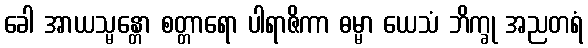
ခေါ အာယသ္မန္တော စတ္တာရော ပါရာဇိကာ ဓမ္မာ ယေသံ ဘိက္ခု အညတရံ